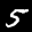
Label: 5